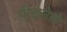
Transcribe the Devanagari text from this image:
पीडलेले